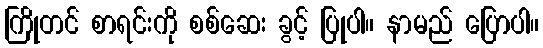
ကြိုတင် စာရင်းကို စစ်ဆေး ခွင့် ပြုပါ။ နာမည် ပြောပါ။